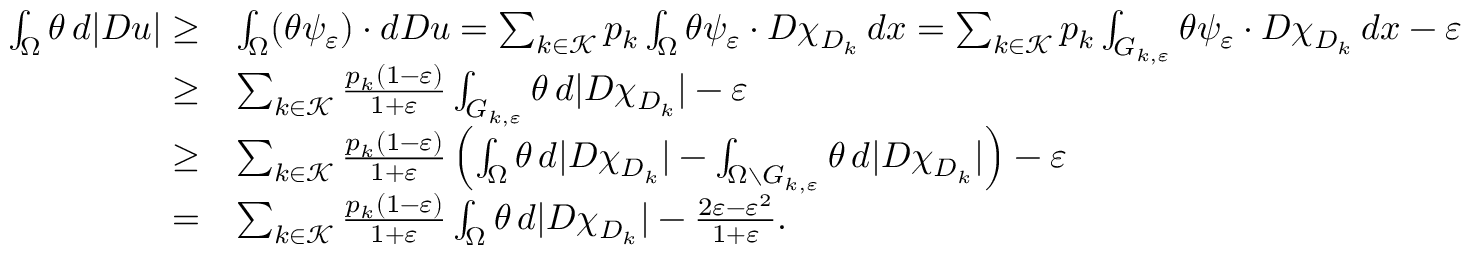
\begin{array} { r l } { \int _ { \Omega } \theta \, d | D u | \geq } & { \int _ { \Omega } ( \theta \psi _ { \varepsilon } ) \cdot d D u = \sum _ { k \in \mathcal K } p _ { k } \int _ { \Omega } \theta \psi _ { \varepsilon } \cdot D \chi _ { D _ { k } } \, d x = \sum _ { k \in \mathcal K } p _ { k } \int _ { G _ { k , \varepsilon } } \theta \psi _ { \varepsilon } \cdot D \chi _ { D _ { k } } \, d x - \varepsilon } \\ { \geq } & { \sum _ { k \in \mathcal K } \frac { p _ { k } ( 1 - \varepsilon ) } { 1 + \varepsilon } \int _ { G _ { k , \varepsilon } } \theta \, d | D \chi _ { D _ { k } } | - \varepsilon } \\ { \geq } & { \sum _ { k \in \mathcal K } \frac { p _ { k } ( 1 - \varepsilon ) } { 1 + \varepsilon } \left( \int _ { \Omega } \theta \, d | D \chi _ { D _ { k } } | - \int _ { \Omega \setminus G _ { k , \varepsilon } } \theta \, d | D \chi _ { D _ { k } } | \right) - \varepsilon } \\ { = } & { \sum _ { k \in \mathcal K } \frac { p _ { k } ( 1 - \varepsilon ) } { 1 + \varepsilon } \int _ { \Omega } \theta \, d | D \chi _ { D _ { k } } | - \frac { 2 \varepsilon - \varepsilon ^ { 2 } } { 1 + \varepsilon } . } \end{array}